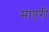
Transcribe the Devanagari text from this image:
माएरी